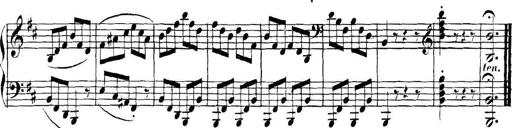
Title: Collected Piano Sonatas
Composer: Muzio Clementi